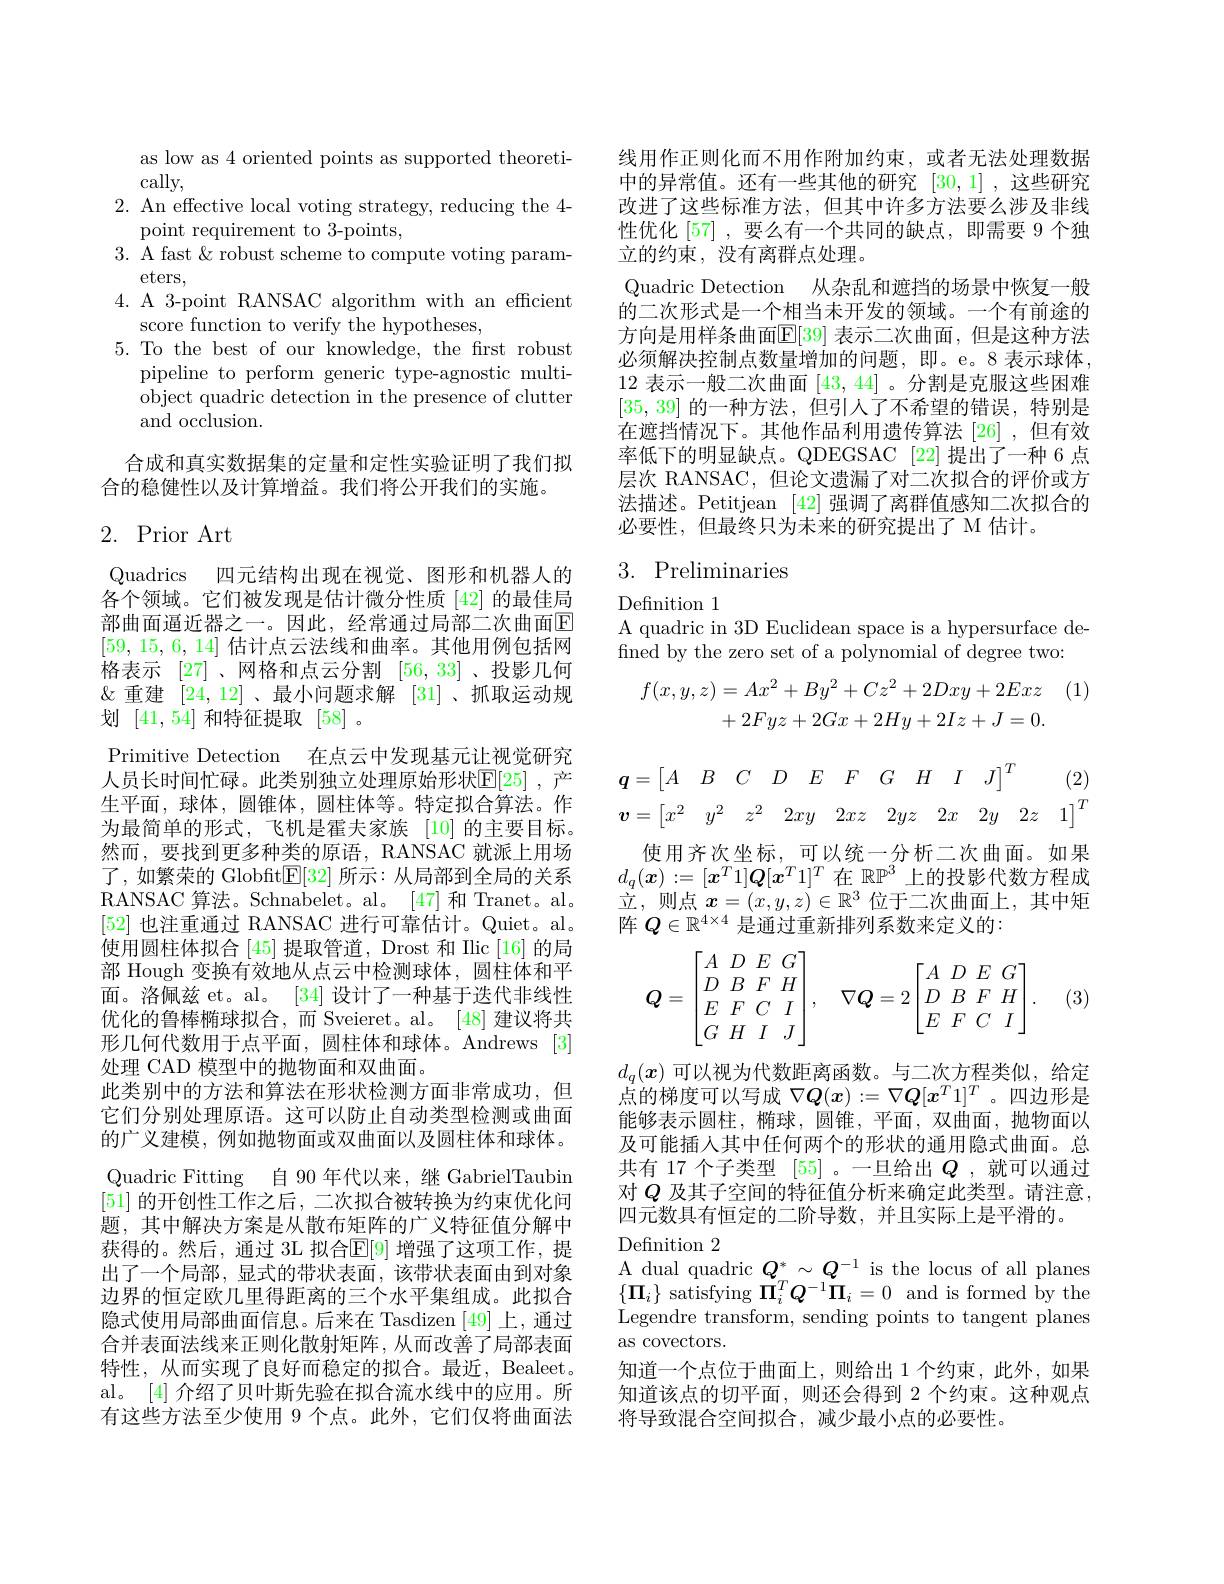
as low as 4 oriented points as supported theoreti-
cally,
2. An effective local voting strategy, reducing the 4-
point requirement to 3-points,
3. A fast & robust scheme to compute voting param-
eters,
4. A 3-point RANSAC algorithm with an efficient
score function to verify the hypotheses,
5. To the best of our knowledge, the frst robust
pipeline to perform generic type-agnostic multiobject quadric detection in the presence of clutter and occlusion.

合成和真实数据集的定量和定性实验证明了我们拟
合的稳健性以及计算增益。我们将公开我们的实施。

# 2. Prior Art

Quadrics 四元结构出现在视觉、图形和机器人的各个领域。它们被发现是估计微分性质[42]的最佳局部曲面逼近器之一。因此，经常通过局部二次曲面E [59, 15, 6, 14]估计点云法线和曲率。其他用例包括网格表示[27]、网格和点云分割[56,33] 、投影几何&重建[24,12] 、最小问题求解[31] 、抓取运动规划[41,54]和特征提取[58] 。
Primitive Detection 在点云中发现基元让视觉研究人员长时间忙碌。此类别独立处理原始形状$\mathbb{E}[25]$ ,产生平面，球体，圆锥体，圆柱体等。特定拟合算法。作为最简单的形式，飞机是霍夫家族 [10]的主要目标。然而，要找到更多种类的原语，RANSAC 就派上用场了，如繁荣的 Globft$\mathbb{E}[32]$所示：从局部到全局的关系RANSAC 算法。Schnabelet。al。[47]和 Tranet。al。[52]也注重通过 RANSAC 进行可靠估计。Quiet。al。使用圆柱体拟合 [45] 提取管道，Drost 和 Ilic [16] 的局部 Hough 变换有效地从点云中检测球体，圆柱体和平面。洛佩兹 et。al。[34] 设计了一种基于迭代非线性优化的鲁棒椭球拟合，而 Sveieret。al。[48] 建议将共形几何代数用于点平面，圆柱体和球体。Andrews [3] 处理 CAD 模型中的抛物面和双曲面。
此类别中的方法和算法在形状检测方面非常成功，但它们分别处理原语。这可以防止自动类型检测或曲面的广义建模，例如抛物面或双曲面以及圆柱体和球体。Quadric Fitting 自 90 年代以来，继 GabrielTaubin [51]的开创性工作之后，二次拟合被转换为约束优化问题，其中解决方案是从散布矩阵的广义特征值分解中获得的。然后，通过 3L 拟合$\mathbb{E}[9]$ 增强了这项工作，提出了一个局部，显式的带状表面，该带状表面由到对象边界的恒定欧几里得距离的三个水平集组成。此拟合隐式使用局部曲面信息。后来在 Tasdizen [49] 上，通过合并表面法线来正则化散射矩阵，从而改善了局部表面特性，从而实现了良好而稳定的拟合。最近，Bealeet. al。[4] 介绍了贝叶斯先验在拟合流水线中的应用。所有这些方法至少使用 9 个点。此外，它们仅将曲面法

线用作正则化而不用作附加约束，或者无法处理数据中的异常值。还有一些其他的研究[30,1],这些研究改进了这些标准方法，但其中许多方法要么涉及非线性优化 [57] ,要么有一个共同的缺点，即需要 9 个独立的约束，没有离群点处理。
Quadric Detection 从杂乱和遮挡的场景中恢复一般的二次形式是一个相当未开发的领域。一个有前途的方向是用样条曲面$\mathbb{E}[39]$ 表示二次曲面，但是这种方法必须解决控制点数量增加的问题，即。e。8 表示球体， 12表示一般二次曲面[43,44] 。分割是克服这些困难[35,39]的一种方法，但引人了不希望的错误，特别是在遮挡情况下。其他作品利用遗传算法 [26] ,但有效率低下的明显缺点。QDEGSAC [22]提出了一种 6 点层次 RANSAC, 但论文遗漏了对二次拟合的评价或方法描述。Petitjean [42]强调了离群值感知二次拟合的必要性，但最终只为未来的研究提出了 M 估计。

## 3. Preliminaries

${\mathrm{Definition~1}}$
A quadric in 3D Euclidean space is a hypersurface de-
fined by the zero set of a polynomial of degree two:
$$\begin{aligned}f(x,y,z)&=Ax^2+By^2+Cz^2+2Dxy+2Exz\\&+2Fyz+2Gx+2Hy+2Iz+J=0.\end{aligned}$$
$$\boldsymbol{q}=\begin{bmatrix}A&B&C&D&E&F&G&H&I&J\end{bmatrix}^T\quad(2)\\\boldsymbol{v}=\begin{bmatrix}x^2&y^2&z^2&2xy&2xz&2yz&2x&2y&2z&1\end{bmatrix}^T$$
使用齐次坐标，可以统一分析二次曲面。如果$d_q(\boldsymbol{x}):=[\boldsymbol{x}^T1]\boldsymbol{Q}[\boldsymbol{x}^T1]^T$在$\mathbb{RP}^3$上的投影代数方程成立，则点$x=(x,y,z)\in\mathbb{R}^3$位于二次曲面上，其中矩阵$Q\in\mathbb{R}^{4\times4}$是通过重新排列系数来定义的
$$\boldsymbol Q=\begin{bmatrix}A&D&E&G\\D&B&F&H\\E&F&C&I\\G&H&I&J\end{bmatrix},\quad\nabla\boldsymbol Q=2\begin{bmatrix}A&D&E&G\\D&B&F&H\\E&F&C&I\end{bmatrix}.$$
(3)

$d_q(\boldsymbol{x})$可以视为代数距离函数。与二次方程类似，给定点的梯度可以写成$\nabla Q(x):=\nabla Q[x^T1]^T$。四边形是能够表示圆柱，椭球，圆锥，平面，双曲面，抛物面以及可能插入其中任何两个的形状的通用隐式曲面。总共有 17 个子类型[55] 。一旦给出$Q$ ,就可以通过对$Q$及其子空间的特征值分析来确定此类型。请注意， 四元数具有恒定的二阶导数，并且实际上是平滑的。

Defnition 2
A dual quadric $Q_{_{T}}^{*}\sim Q^{-1}$ is the locus of all planes

$\{\Pi_{i}\}$ satisfying $\dot{\Pi}_{i}^{T}Q^{-1}\Pi_{i}=0$ and is formed by the Legendre transform, sending points to tangent planes as covectors.
知道一个点位于曲面上，则给出 1个约束，此外，如果知道该点的切平面，则还会得到 2 个约束。这种观点将导致混合空间拟合，减少最小点的必要性。